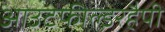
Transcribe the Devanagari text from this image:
आउटफील्डरहैपी